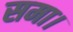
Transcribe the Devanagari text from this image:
समा।